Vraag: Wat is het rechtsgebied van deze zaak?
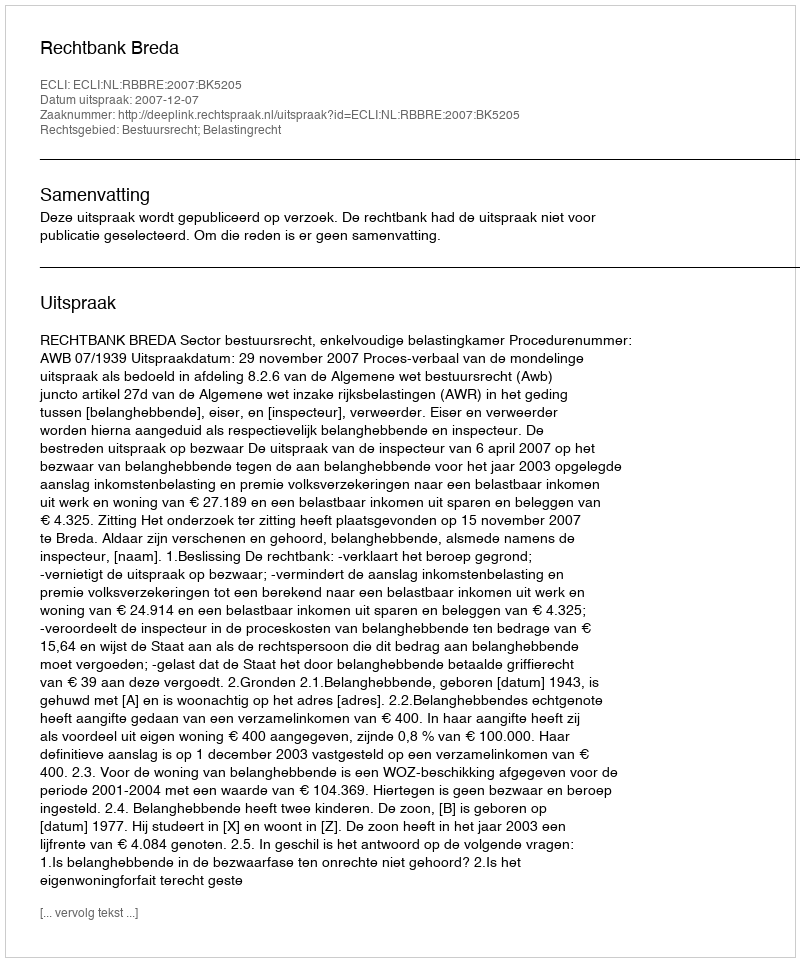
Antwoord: Bestuursrecht; Belastingrecht